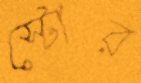
স্টোর